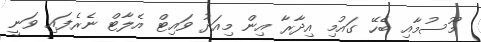
މޫސުމާއި ބެހޭ ގައުމި އިދާރާ އިން މިއަދު ވައިޓް އެލާޓް ނެރެފައި ވަނީ